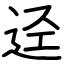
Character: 迳